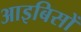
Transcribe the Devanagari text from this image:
आइबिसों